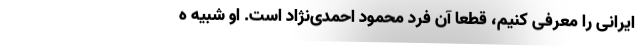
ایرانی را معرفی کنیم، قطعا آن فرد محمود احمدی‌نژاد است. او شبیه ه